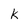
Character: k